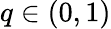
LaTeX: q\in(0,1)